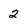
Character: 2